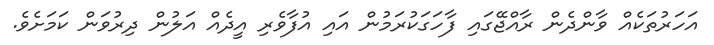
އަހަރުތަކެއް ވާންދެން ރާއްޖޭގައި ފާހަގަކުރަމުން އައި އުފާވެރި އީދެއް އަލުން ދިރުވަން ކަމަށެވެ.